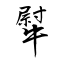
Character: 犚